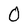
Character: 0